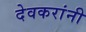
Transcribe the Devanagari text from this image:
देवकरांनी